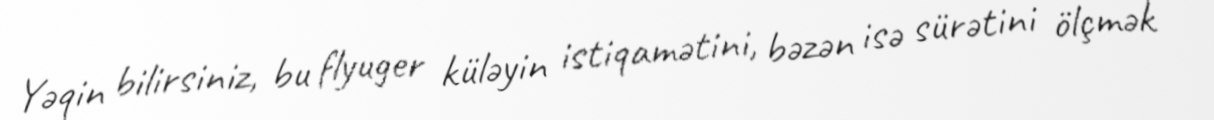
Yəqin bilirsiniz, bu flyuger küləyin istiqamətini, bəzən isə sürətini ölçmək